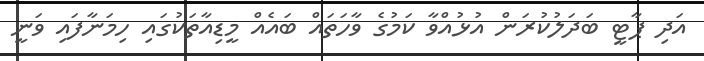
އަދި ޕާޓީ ބަދަލުކުރަން އުޅުއްވާ ކަމުގެ ވާހަތައް ބައެއް މީޑިއާތަކުގައި ހިމަނާފައި ވަނީ